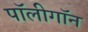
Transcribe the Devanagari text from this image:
पॉलीगॉन